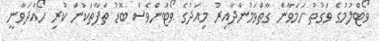
ވޯޓްލުމުގެ ވަގުތު ހަމަވާން ގާތްވަމުންދާއިރު މިއަދުގެ ވޯޓުންވެސް ބޮޑު ތަފާތަކުން ކުރި ހޯއްދަވާނީ